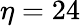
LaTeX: \eta=24